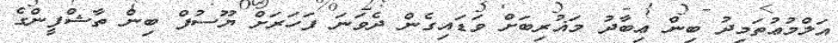
އަލްމުޢުތަމިދު ބިން ޢިބާދު މަޣުރިބަށް ވަޑައިގެން ދެވަނަ ފަހަރަށް ޔޫސުފް ބިން ތާޝްފީންގެ